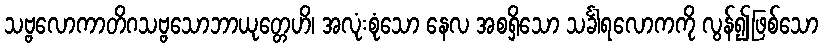
သဗ္ဗလောကာတိဂသဗ္ဗသောဘာယုတ္တေဟိ၊ အလုံးစုံသော နေလ အစရှိသော သင်္ခါရလောကကို လွန်၍ဖြစ်သော